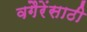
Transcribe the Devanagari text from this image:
वगैरेंसाठी